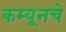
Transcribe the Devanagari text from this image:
कम्यूनचे